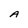
Character: A